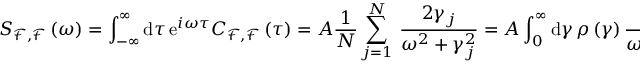
S _ { \mathcal { F } , \mathcal { F } } \left( \omega \right) = \int _ { - \infty } ^ { \infty } \mathrm { d } \tau \, \mathrm { e } ^ { i \omega \tau } C _ { \mathcal { F } , \mathcal { F } } \left( \tau \right) = A \frac { 1 } { N } \sum _ { j = 1 } ^ { N } \, \frac { 2 \gamma _ { j } } { \omega ^ { 2 } + \gamma _ { j } ^ { 2 } } = A \int _ { 0 } ^ { \infty } \mathrm { d } \gamma \, \rho \left( \gamma \right) \frac { 2 \gamma } { \omega ^ { 2 } + \gamma ^ { 2 } } ,